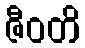
ဇီဝတိ